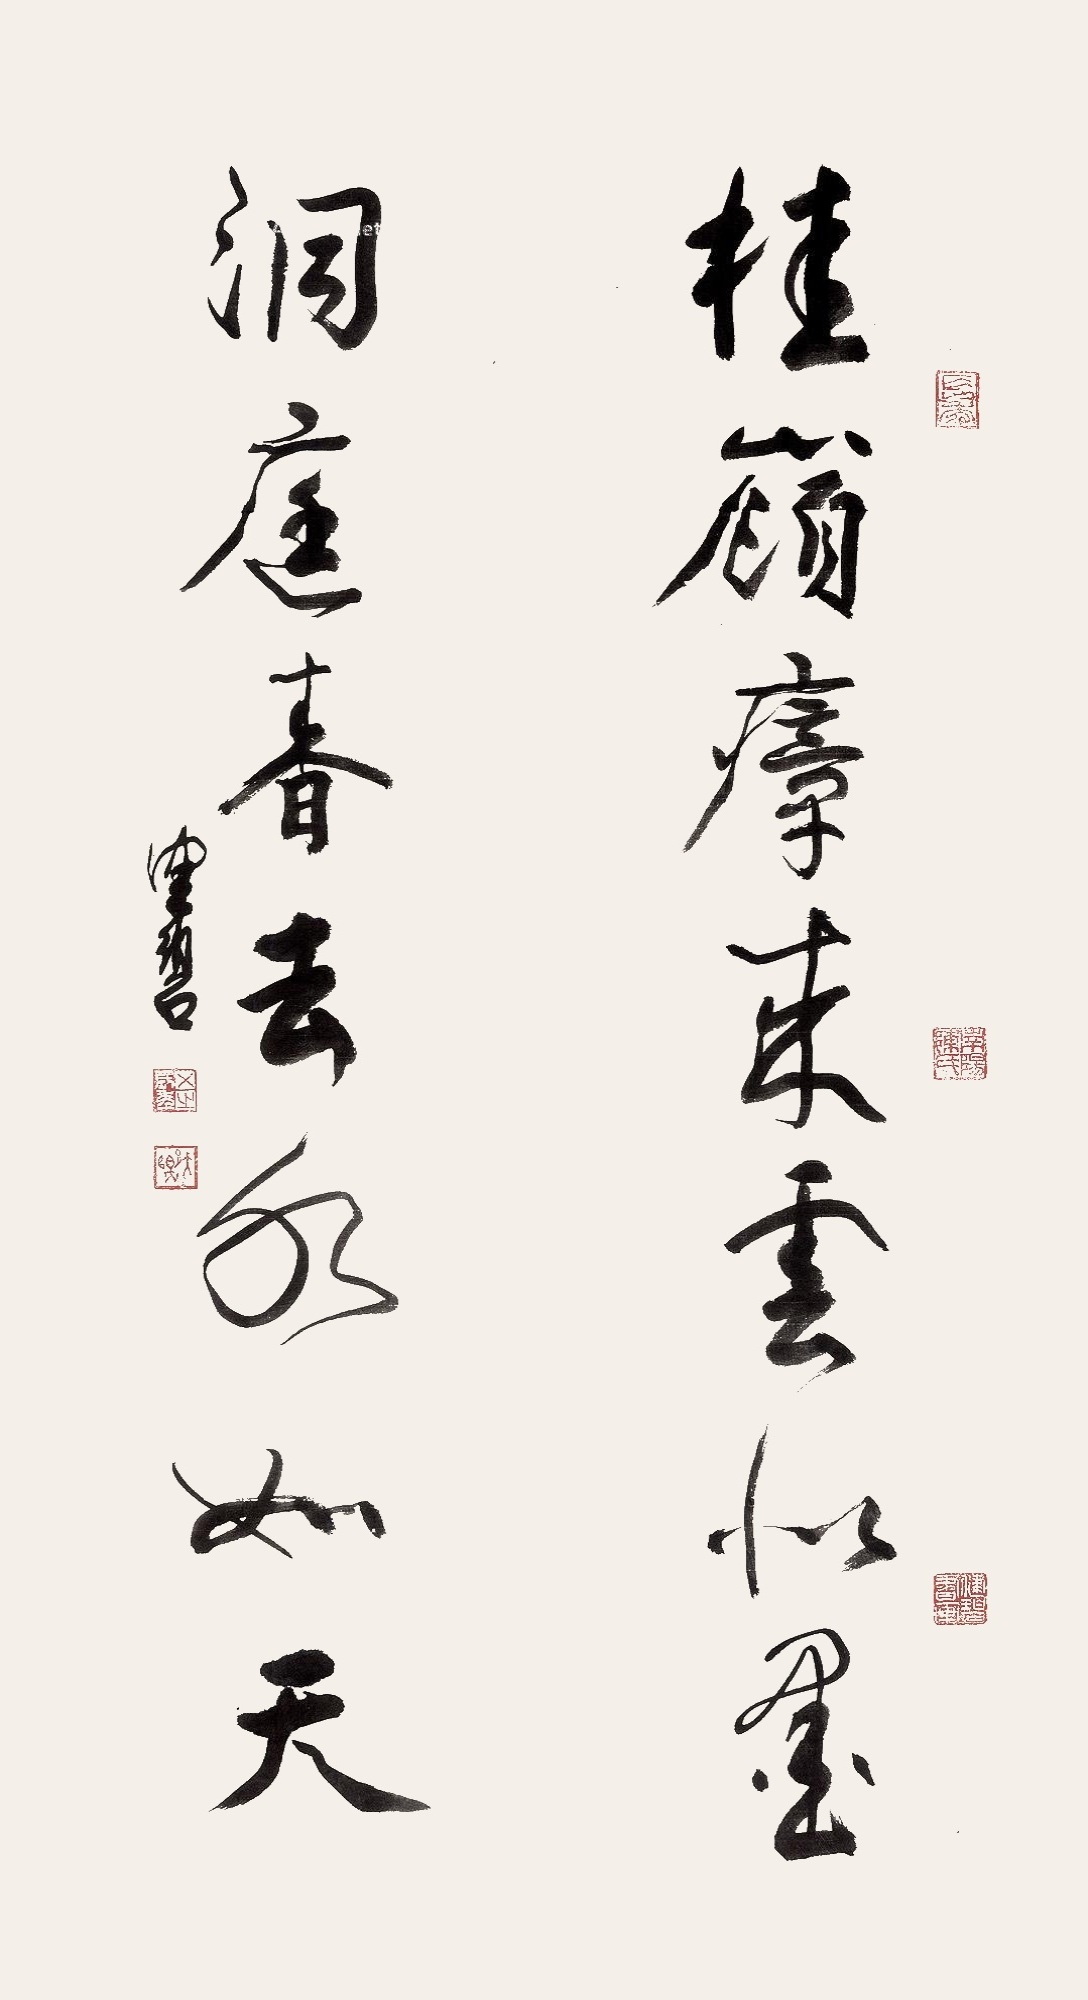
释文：桂岭瘴来云似墨，洞庭春去水如天。健碧。